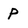
Character: P